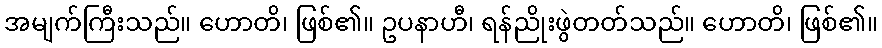
အမျက်ကြီးသည်။ ဟောတိ၊ ဖြစ်၏။ ဥပနာဟီ၊ ရန်ညိုးဖွဲတတ်သည်။ ဟောတိ၊ ဖြစ်၏။